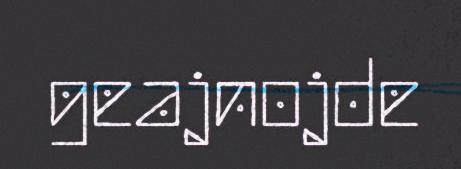
geajnojde